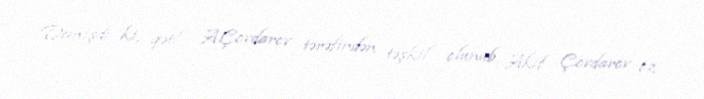
Demişdi ki, qətl A.Çovdarov tərəfindən təşkil olunub, Akif Çovdarov öz